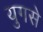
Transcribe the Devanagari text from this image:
युगसे